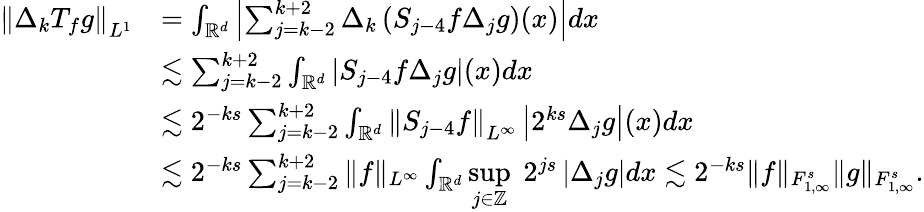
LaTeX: \begin{array}{rl}{\left\| \Delta_{k}{T}_{f}g\right\| _{L^{1}}}&{=\int_{\mathbb{R}^{d}}\left|\sum_{j=k-2}^{k+2}{\Delta}_{k}\left({S}_{j-4}f{\Delta}_{j}g\right)(x)\right|dx}\\ &{\lesssim\sum_{j=k-2}^{k+2}\int_{\mathbb{R}^{d}}\left|{S}_{j-4}f{\Delta}_{j}g\right|(x)dx}\\ &{\lesssim 2^{-ks}\sum_{j=k-2}^{k+2}\int_{\mathbb{R}^{d}}\left\| {S}_{j-4}f\right\| _{L^{\infty}}\left|2^{ks}{\Delta}_{j}g\right|(x)dx}\\ &{\lesssim 2^{-ks}\sum_{j=k-2}^{k+2}\| f\| _{L^{\infty}}\int_{\mathbb{R}^{d}}\underset{j\in\mathbb{Z}}{\operatorname*{sup}}\; 2^{js}\left|{\Delta}_{j}g\right|dx\lesssim 2^{-ks}\| f\| _{{F}_{1,\infty}^{s}}\| g\| _{{F}_{1,\infty}^{s}}.}\end{array}